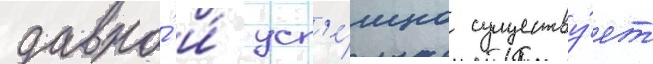
давно́ и́ усп'е́шно существу́ет